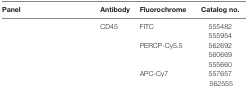
<table><thead><tr><td><b>Panel</b></td><td><b>Antibody</b></td><td><b>Fluorochrome</b></td><td><b>Catalog no.</b></td></tr></thead><tbody><tr><td rowspan="7">[EMPTY_CELL]</td><td>CD45</td><td>FITC</td><td>555482</td></tr><tr><td>[EMPTY_CELL]</td><td>[EMPTY_CELL]</td><td>555954</td></tr><tr><td>[EMPTY_CELL]</td><td>PERCP-Cy5.5</td><td>562692</td></tr><tr><td>[EMPTY_CELL]</td><td>[EMPTY_CELL]</td><td>560669</td></tr><tr><td>[EMPTY_CELL]</td><td>[EMPTY_CELL]</td><td>555660</td></tr><tr><td>[EMPTY_CELL]</td><td>APC-Cy7</td><td>557657</td></tr><tr><td>[EMPTY_CELL]</td><td>[EMPTY_CELL]</td><td> 562555</td></tr></tbody></table>